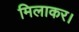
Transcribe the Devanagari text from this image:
मिलाकर।